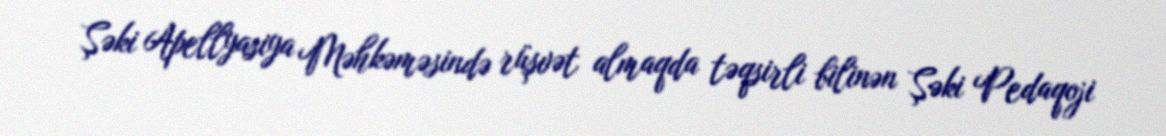
Şəki Apellyasiya Məhkəməsində rüşvət almaqda təqsirli bilinən Şəki Pedaqoji